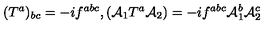
( { T ^ { a } } ) _ { b c } = - i f ^ { a b c } , ( { \cal A } _ { 1 } T ^ { a } { \cal A } _ { 2 } ) = - i f ^ { a b c } { \cal A } _ { 1 } ^ { b } { \cal A } _ { 2 } ^ { c }